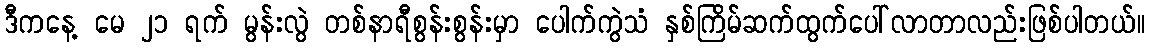
ဒီကနေ့ မေ ၂၁ ရက် မွန်းလွဲ တစ်နာရီစွန်းစွန်းမှာ ပေါက်ကွဲသံ နှစ်ကြိမ်ဆက်ထွက်ပေါ်လာတာလည်းဖြစ်ပါတယ်။